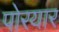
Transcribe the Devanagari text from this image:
पोरयार